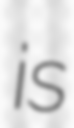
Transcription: is